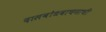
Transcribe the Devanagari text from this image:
दासबोधवाचनाची